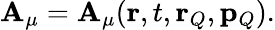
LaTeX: \mathbf{A}_{\mu}=\mathbf{A}_{\mu}({\mathbf{r}},t,{\mathbf{r}}_{Q},{\mathbf{p}}_{Q}).